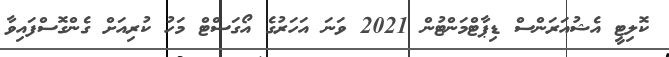
ކޮލިޓީ އެޝުއަރަންސް ޑިޕާޓްމަންޓުން 2021 ވަނަ އަހަރުގެ އޯގަސްޓް މަހު ކުރިއަށް ގެންގޮސްފައިވާ